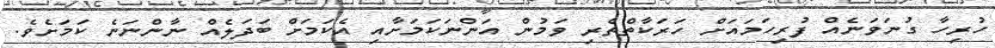
ހުރިހާ ގުނަވަނެއް ފުރިހަމައަށް ހަރަކާތްތެރި ވަމުން އަންނަކަމަށާއި އެކަމަށް ބަދަލެއް ނާންނަނެ ކަމަށެވެ.